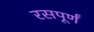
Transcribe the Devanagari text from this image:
रसपूर्णं